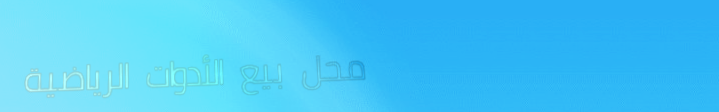
محل بيع الأدوات الرياضية